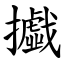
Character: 㩬